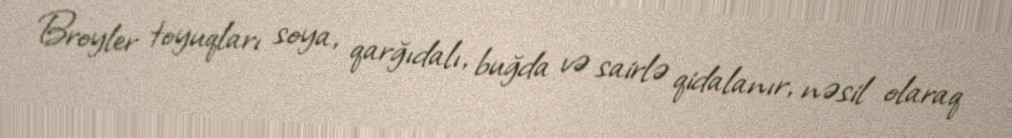
Broyler toyuqları soya, qarğıdalı, buğda və sairlə qidalanır, nəsil olaraq